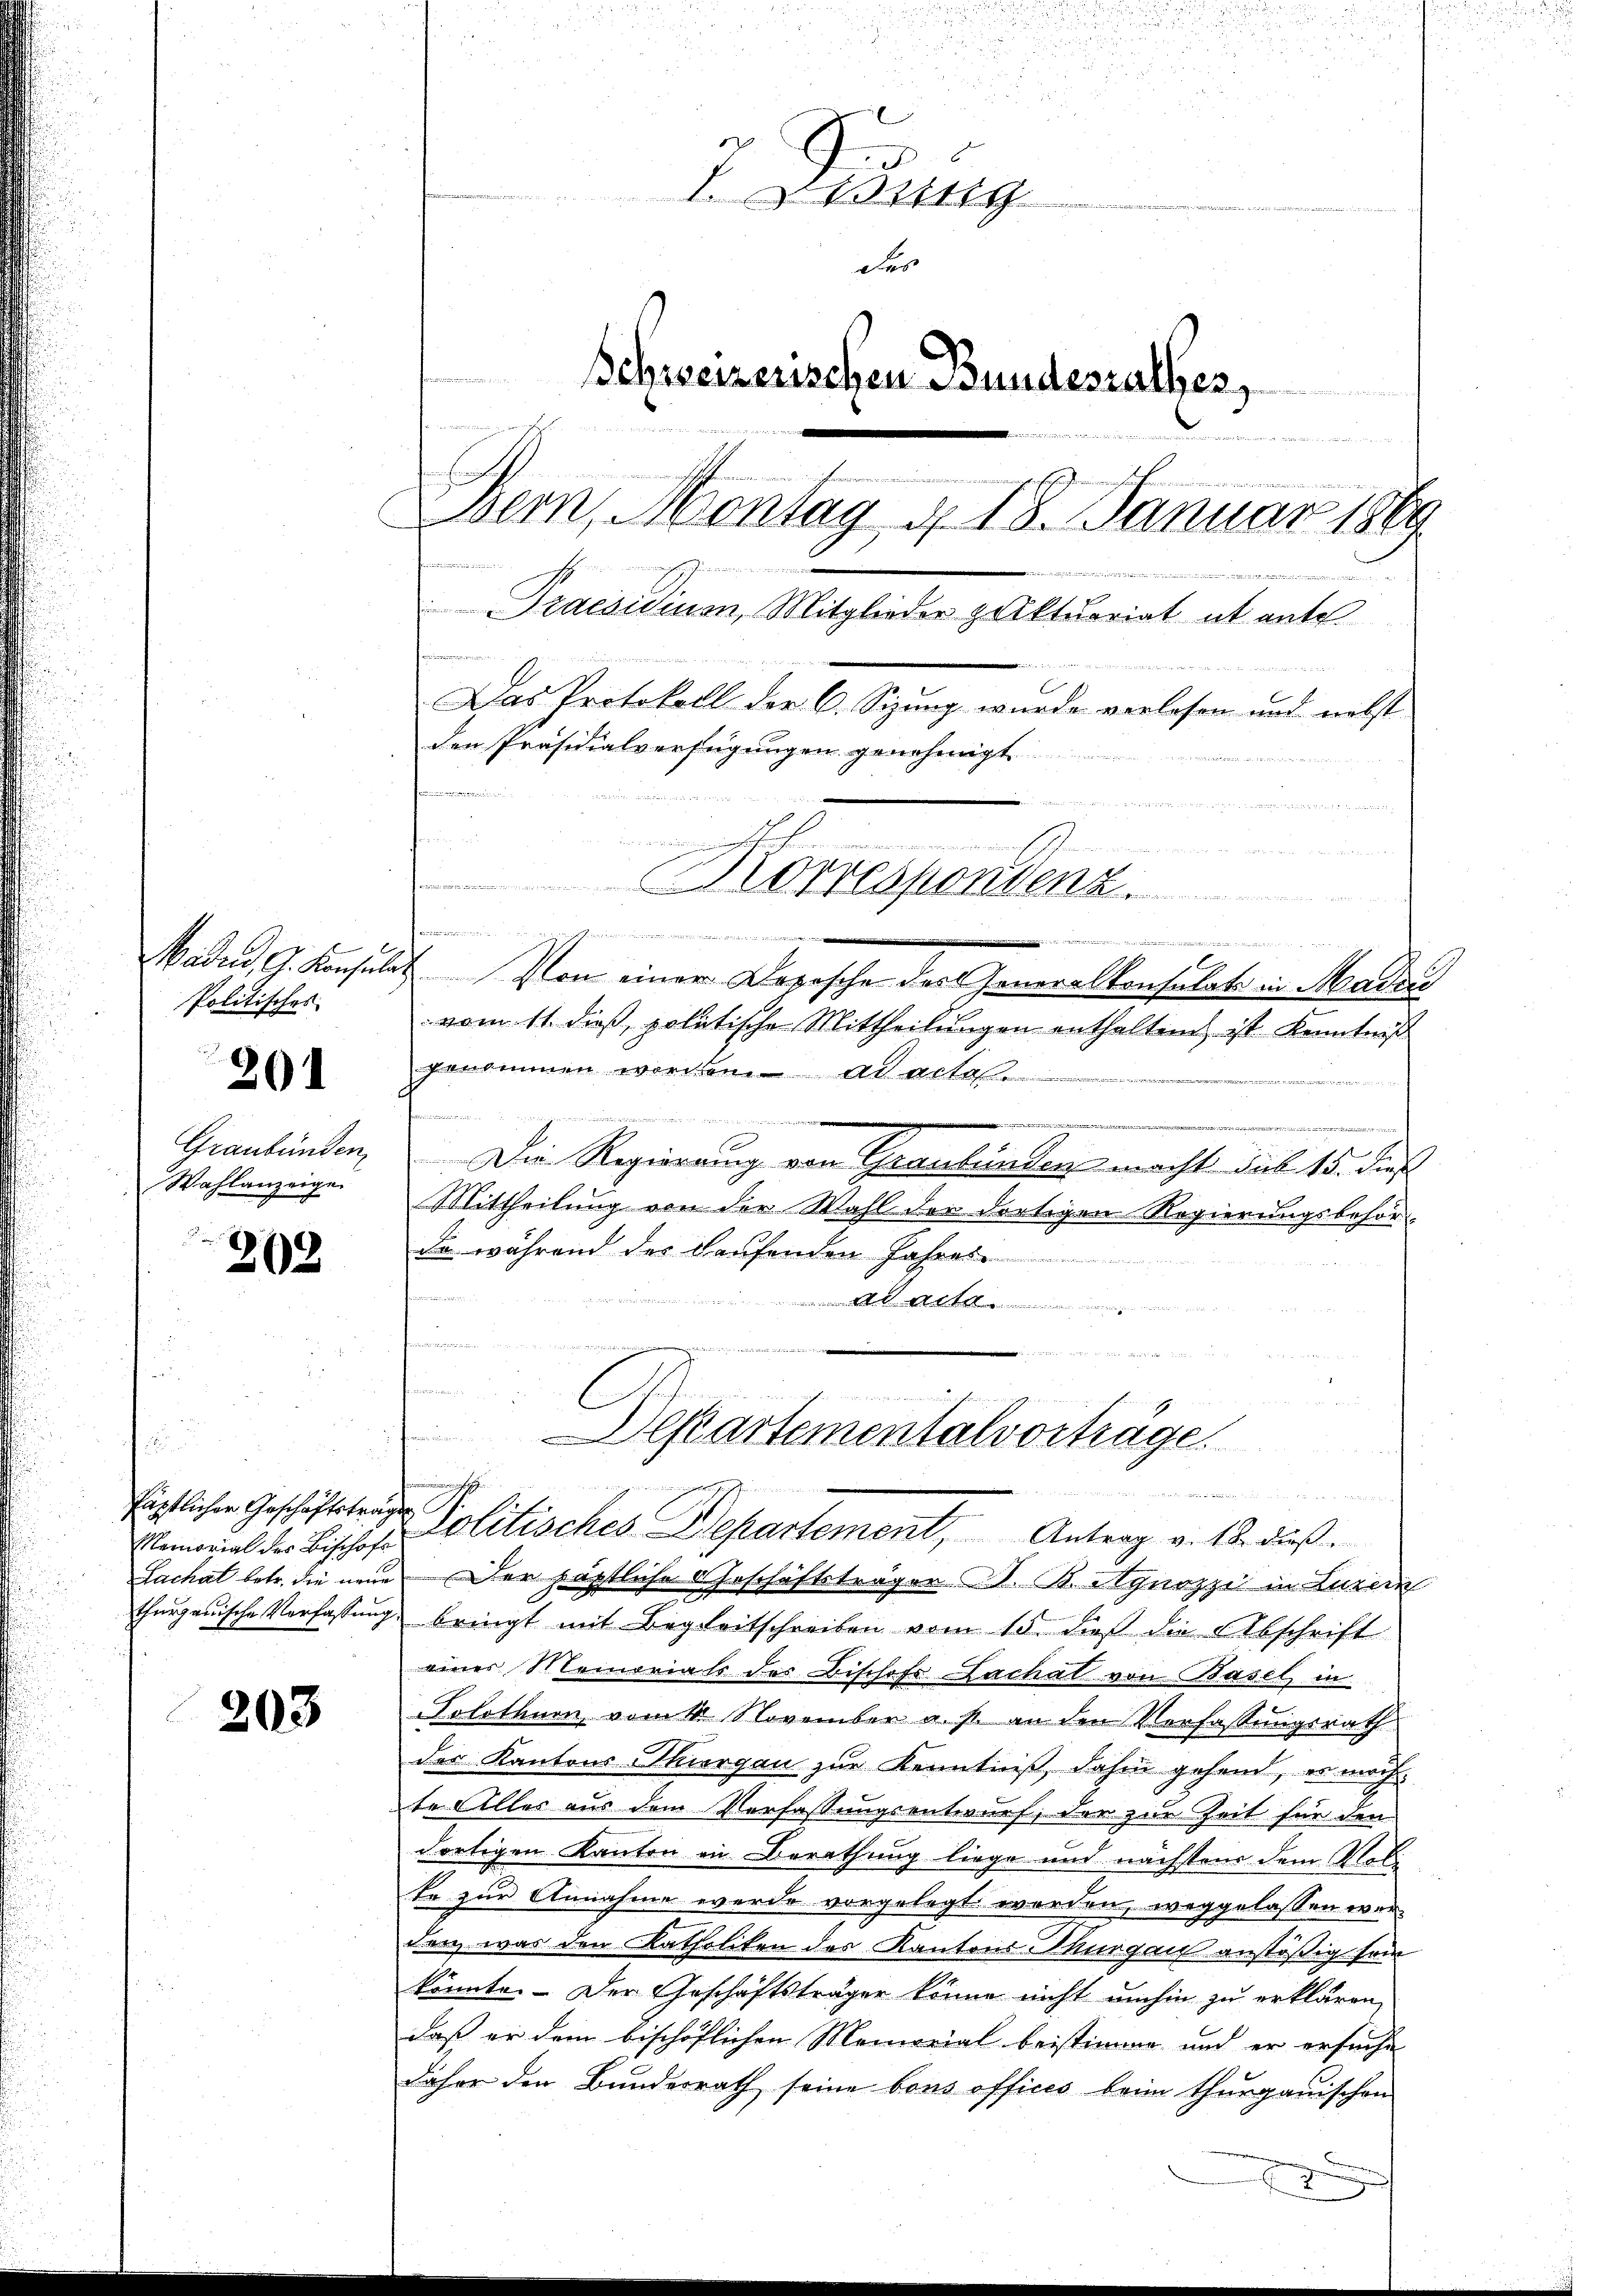
Politisches

201

Graubünden,
Wahlanzeigen

202

füptlichen Geschäftsträge

203

.
1249
der
 de
Schreizerischen Bundesrathes,
dimen werden die Hohen d
endenen der
Bern, Montag d. 18. Januar 1869
ierigen
u
Praesidium, Mitglieder zuktuariat it ente

Das Protokoll der C. Sizung wurde verlesen und nebst
den Präsidialverfügungen genehmigt
u
n
fchehenen namen

 Korrespondenz.

s

Waden, G. Konsulat Von einer Depesche der Generalkonsulate in Maden
 vom 11. dieß, politische Mittheilungen enthaltend ist Kenntniß

genommen werden. ad acta
uerer Studi
...................
Die Regierung von Graubünden macht das 15. dieß
Mittheilung von der Wahl der dortigen Regierungsbehör-
da während des Laufenden Jahres
wände un
t
finnen Bruder

weise der den werden Stad

u
Departementalvorträge.
n
r

Eemorial der Bischose Politisches Departement, Antrag v. M. dieß

Lachat betr. die neue Der päpstliche Geschäftsträger K. K. Synozzi in Luzern
thurgauische Verfassung bringt mit Begleitschreiben vom 15. dieß die Abschrift
eines Memorials des Bischofs Lachal von Basel in
Solothurn vom 14 November a. s. an den Verfassungsrath
der Kantons Thiergau zur Kenntniß, dahin gehend, er machte Alles aus dem Verfassungsentwurf, der zur Zeit für den
dortigen Kanton in Berathung liege und nächstens dem Mobi
te zur Annahme werde vorgelegt worden, weggelassen werden, was den Katholiken des Kantons Thurgau anstößig sein
könnte. - Der Geschäftsträger könne nicht umhin zu erklären,
daß er dem bischöflichen Memorial beistimme und er ersuche
daher den Bundesrath seine bons officis beim Thurgauischen